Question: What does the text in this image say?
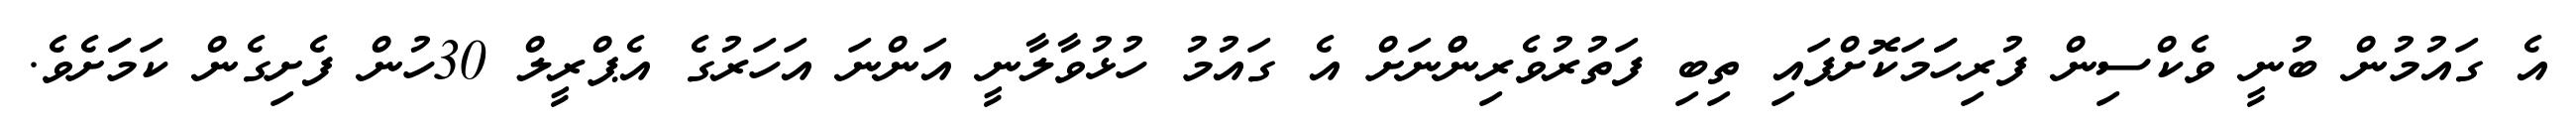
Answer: އެ ގައުމުން ބުނީ ވެކްސިން ފުރިހަަމަކޮށްފައި ތިބި ފަތުރުވެރިންްނަށް އެ ގައުމު ހުޅުވާލާނީ އަންނަ އަހަރުގެ އެޕްރީލް 30ހުން ފެށިގެން ކަމަަށެވެ.